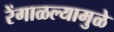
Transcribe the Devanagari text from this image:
रेंगाळल्यामुळे